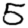
Digit: 5